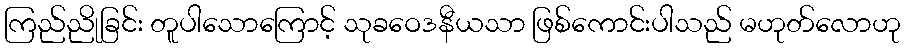
ကြည်ညိုခြင်း တူပါသောကြောင့် သုခဝေဒနီယသာ ဖြစ်ကောင်းပါသည် မဟုတ်လောဟု